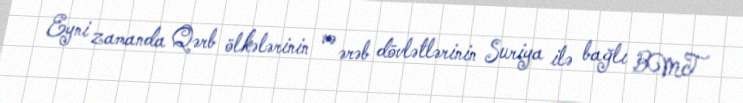
Eyni zamanda Qərb ölkələrinin və ərəb dövlətlərinin Suriya ilə bağlı BMT